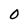
Character: 0